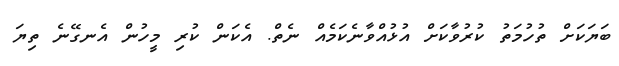
ބަޔަކަށް ތުހުމަތު ކުރުވާކަށް އުޅުއްވާނެކަމެއް ނެތް. އެކަން ކުރި މީހުން އެނގޭނެ ތިޔަ